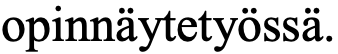
opinnäytetyössä.